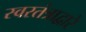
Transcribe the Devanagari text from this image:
स्वरतंत्राद्वारे